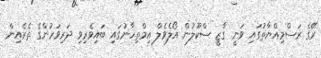
ރޭގެ ރަސްމިއްޔާތުގައި ވަނީ ގާޒީ ސްކޫލުން އޯލެވެލް އިމްތިހާނުގައި ބައިވެރިވި ދަރިވަރުންގެ ތެރެއިން